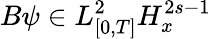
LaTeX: B\psi\in L_{[0,T]}^{2}H_{x}^{2s-1}